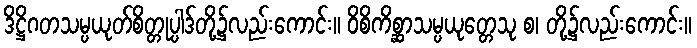
ဒိဋ္ဌိဂတသမ္ပယုတ်စိတ္တုပ္ပါဒ်တို့၌လည်းကောင်း။ ဝိစိကိစ္ဆာသမ္ပယုတ္တေသု စ၊ တို့၌လည်းကောင်း။